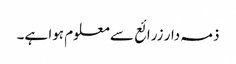
ذمہ دار زرائع سے معلوم ہوا ہے۔